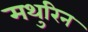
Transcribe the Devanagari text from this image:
मथुरिन